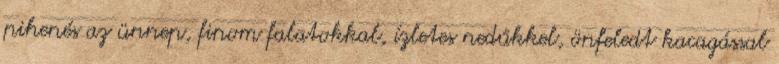
pihenés az ünnep, finom falatokkal, ízletes nedűkkel, önfeledt kacagással